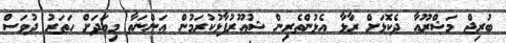
ބުރިޖް މަޝްރޫއާ ދެކޮޅަށް ރާޅާ އެޅުންތެރިން ޝުއޫރުފާޅުކުރަމުން އަންނަތާ މިއަދަށް ހަތަރު ދުވަސް